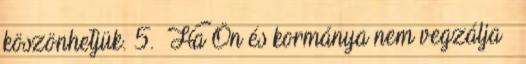
köszönhetjük. 5. Ha Ön és kormánya nem vegzálja –